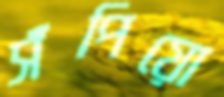
সঁপিয়ো